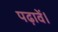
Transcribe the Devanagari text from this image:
पढ़ावें।